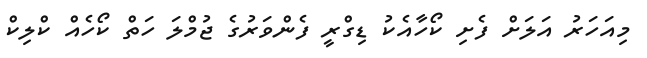
މިއަހަރު އަލަށް ފެށި ކޯހާއެކު ޑިގްރީ ފެންވަރުގެ ޖުމްލަ ހަތް ކޯހެއް ކްލިކް